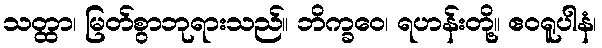
သတ္ထာ၊ မြတ်စွာဘုရားသည်။ ဘိက္ခဝေ၊ ရဟန်းတို့။ ဧဝရူပါနံ၊